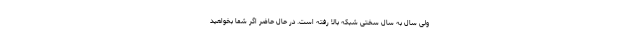
ولی سال به سال سختی شبکه بالا رفته است. در حال حاضر اگر شما بخواهید